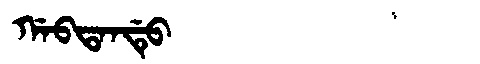
Manchu: ᡤᠠᠪᡨᠠᠨᡩᡠ
Romanization: GABTANDU